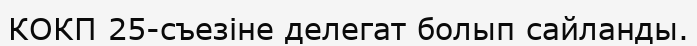
КОКП 25-съезіне делегат болып сайланды.